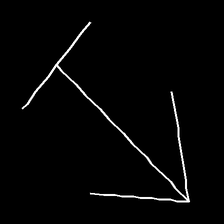
Glyph: levitation